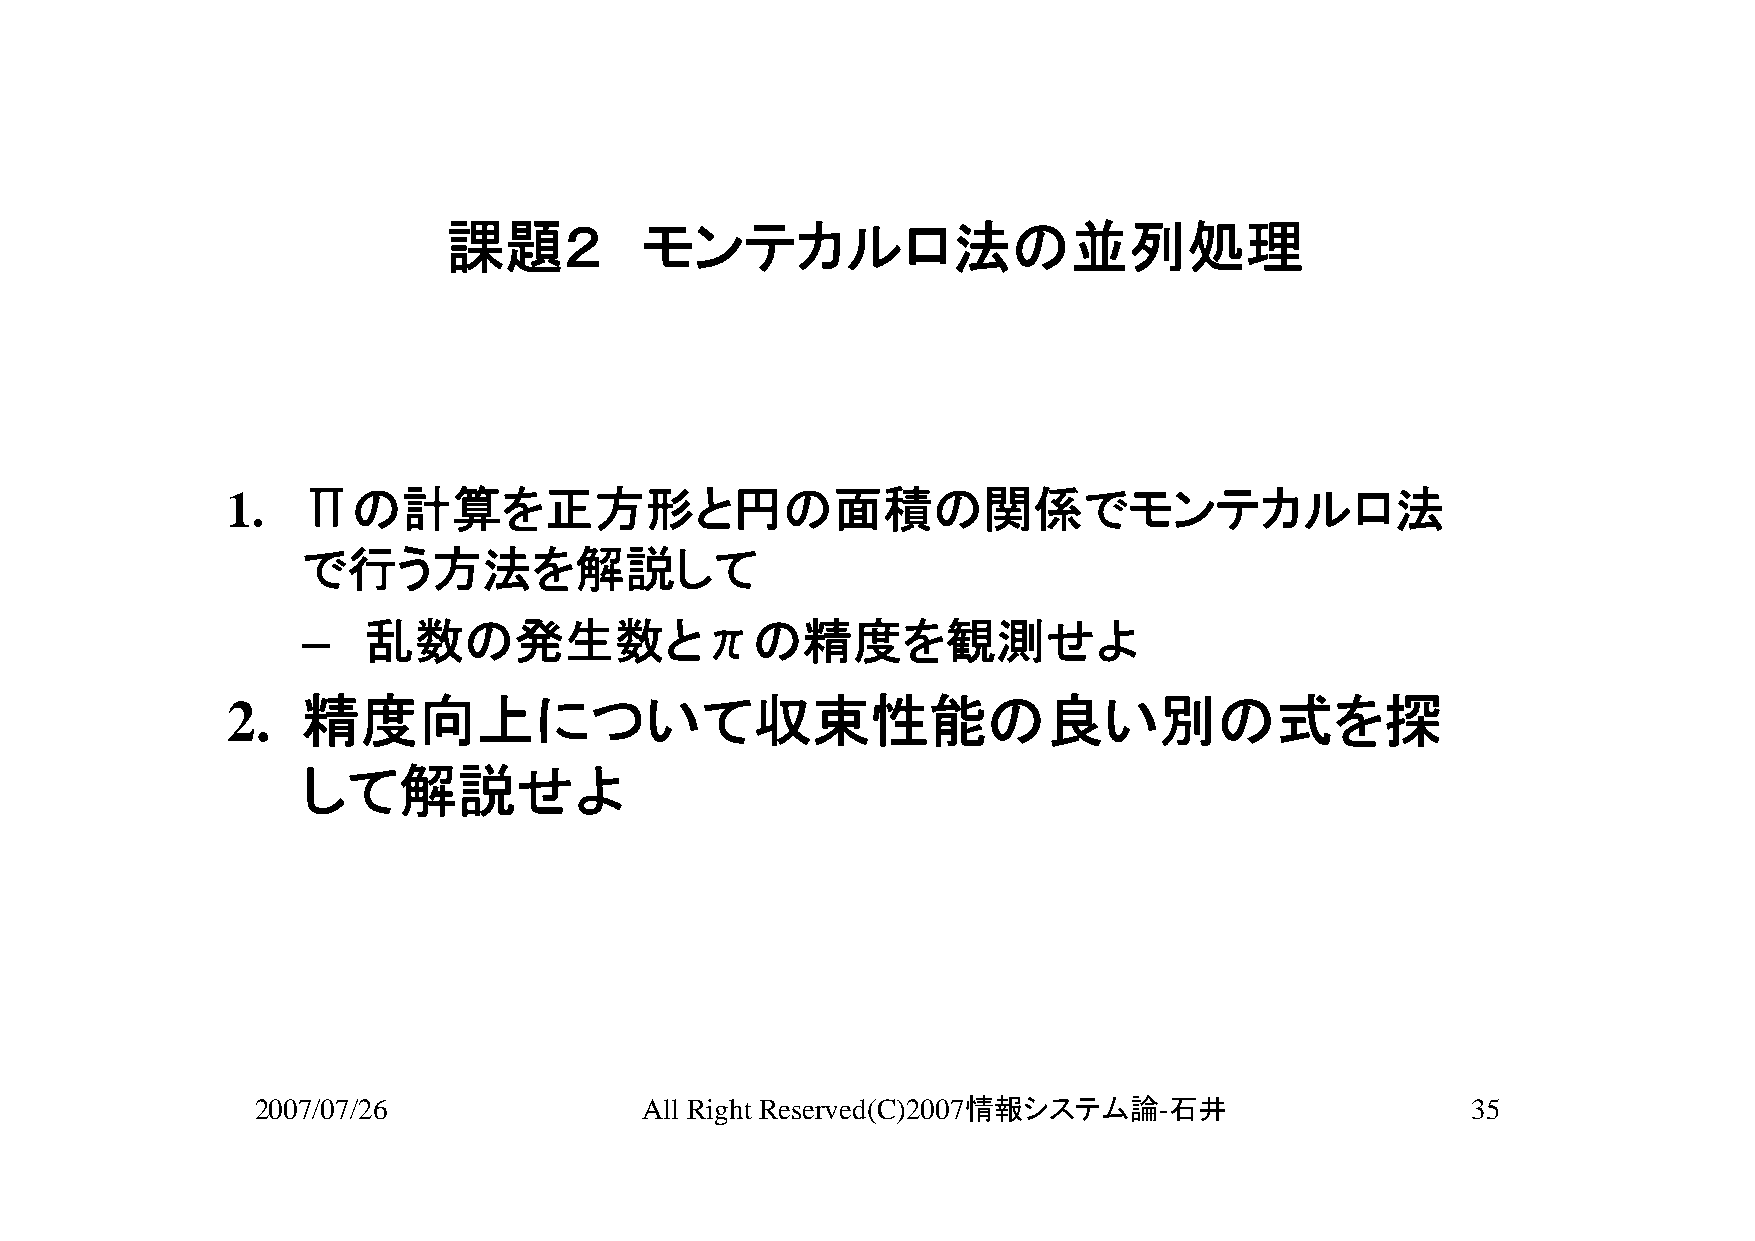
課題２         モンテカルロ法の並列処理
 1.   Πの計算を正方形と円の面積の関係でモンテカルロ法
 で行う方法を解説して
 –   乱数の発生数とπの精度を観測せよ
 2.   精度向上について収束性能の良い別の式を探
 して解説せよ
 2007/07/26               All Right Reserved(C)2007情報システム論-石井                    35